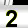
Digit: 2